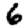
Digit: 6